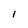
Character: l